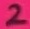
Text: 2